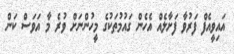
އައިވީއެފް ފަރުވާ ފަށާލެއް އެހެން ގައުމުތަކުގެ މީހުންނަށް ވުރެ މާ އަވަސް ކަން